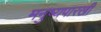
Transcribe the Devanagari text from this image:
मनुष्यपारखी